Annual report of the Bengal Veterinary College and of the Civil Veterinary Department, Bengal, for the year 1910-1911 - 1910-1911
Year: 1910
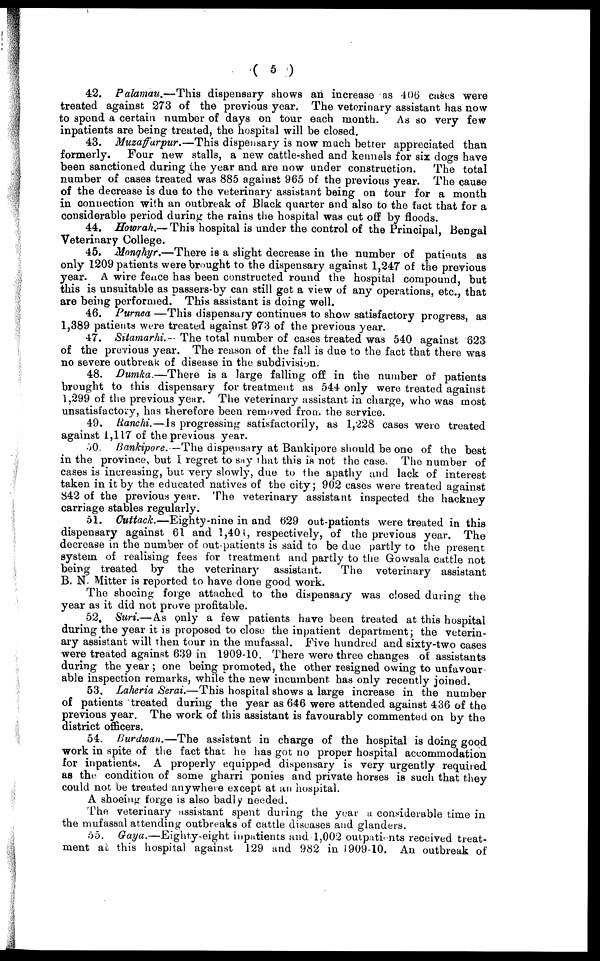
( 5 )
42. Palamau.—This
dispensary shows an increase as 406 cases were
treated against 273 of the previous year. The veterinary assistant has now
to spend a certain number of days on tour each month.
As so very few
inpatients are being treated, the hospital will be closed.
43. Muzaffarpur.—This
dispensary is now much better appreciated than
formerly.
Four new stalls, a new cattle-shed and kennels for six dogs have
been sanctioned during the year and are now under construction.
The total
number of cases treated was 885 against 965 of the previous year. The cause
of the decrease is due to the veterinary assistant being on tour for a month
in connection with an outbreak of Black quarter and also to the fact that for a
considerable period during the rains the hospital was cut off by floods.
44. Howrah.— This hospital is under the control of the Principal, Bengal
Veterinary College.
45. Monghyr.—There is a slight decrease in the number of patisuts as
only 1209 patients were brought to the dispensary against 1,247 of the previous
year. A wire fence has been constructed round the hospital compound, but
this is unsuitable as passers-by can still get a view of any operations, etc., that
are being performed. This assistant is doing well.
46. Purnea —This dispensary continues to show satisfactory progress, as
1,389 patients were treated against 973 of the previous year.
47. Sitamarhi.-- The total number of cases treated was 540 against 623
of the previous year. The reason of the fall is due to the fact that there was
no severe outbreak of disease in the subdivision.
48. Dumka.—There
is a large falling off in the number of patients
brought to this dispensary for treatment as 544 only were treated against
1,299 of the previous year. The veterinary assistant in charge, who was most
unsatisfactory, has therefore been removed from the service.
49. Ranchi.—Is progressing satisfactorily, as 1,228 cases were treated
against 1,117 of the previous year.
50. Bankipore. —The dispensary at Bankipore should be one of the best
in the province, but I regret to say that this is not the case. The number of
cases is increasing, but. very slowly, due to the apathy and lack of interest
taken in it by the educated natives of the city; 902 cases were treated against
842 of the previous year. The veterinary assistant inspected the hackney
carriage stables regularly.
51. Cuttack.—Eighty-nine
in and 629 out-patients were treated in this
dispensary against 61 and 1,404, respectively, of the previous year. The
decrease in the number of out-patients is said to be due partly to the present
system of realising fees for treatment and partly to the Gowsala cattle not
being treated by the veterinary assistant.
The veterinary assistant
B. N. Mitter is reported to have done good work.
The shoeing forge attached to the dispensary was closed during the
year as it did not prove profitable.
52. Suri.— As only a few patients have been treated at this hospital
during the year it is proposed to close the inpatient department; the veterin-
ary assistant will then tour in the mufassal. Five hundred and sixty-two cases
were treated against 639 in 1909-10. There were three changes of assistants
during the year; one being promoted, the other resigned owing to unfavour
able inspection remarks, while the new incumbent has only recently joined.
53. Laheria Serai.—This hospital shows a large increase in the number
of patients treated during the year as 646 were attended against 436 of the
previous year. The work of this assistant is favourably commented on by the
district officers.
54. Burdwan.—The
assistant in charge of the hospital is doing good
work in spite of the fact that he has got no proper hospital accommodation
for inpatients. A properly equipped dispensary is very urgently required
as the condition of some gharri ponies and private horses is such that they
could not be treated anywhere except at an hospital.
A shoeing forge is also badly needed.
The veterinary assistant spent during the year a considerable time in
the mufassal attending outbreaks of cattle diseases and glanders.
55. Gaya.—Eighty-eight
inpatients and 1,002 outpatients received treat-
ment at this hospital against 129 and 982 in 1909-10. An outbreak of